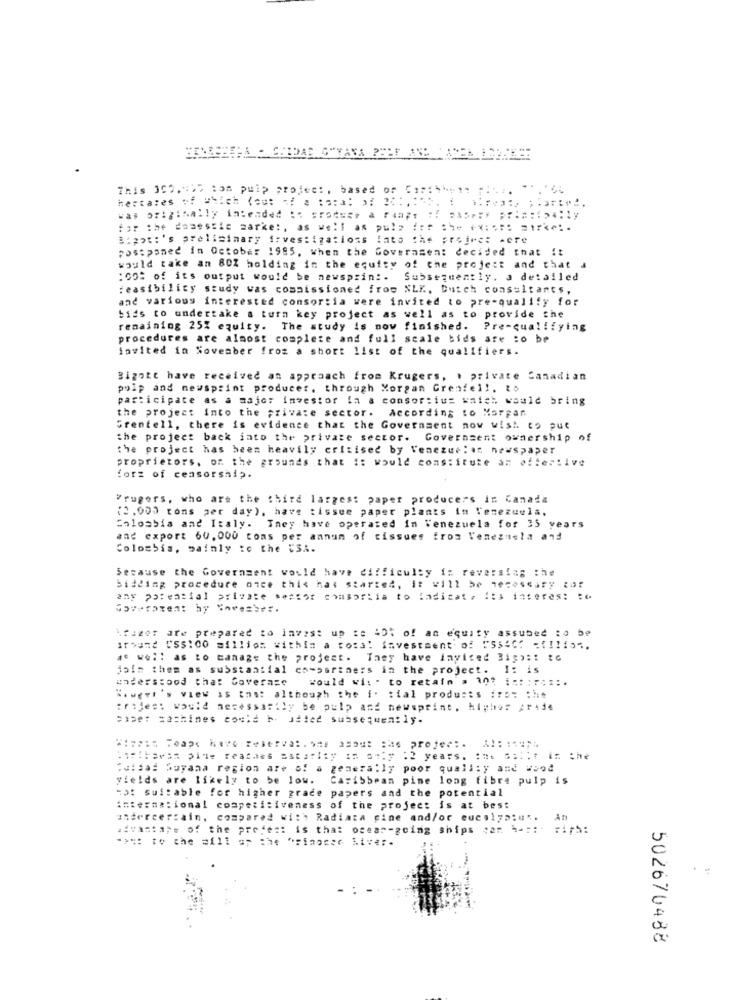
This 302.">> som pulp project, based of "1 :::: : : ... "","66
hectares of Which (ou: sf a :a:a: 3: 35 :, !
was originally intended :: produce a range :! Das *** *:: #:ip4:ly
for the damessie zarke :, as well as pul= === ==* **= === =.....
Bipot:'s preliminary irvestigations Into the project were
postponed in October 1995, when the Governsen: decided that It
would take an 80% holding in the equity of the project and that a
: 00: of its output would be newsprin :. Subsequently. a detailed
feasibility study was commissioned from NLK, Dutch consultants,
and various interested consortia were invited to pre-qualify for
bids to undertake a turn key project as well as to provide the
remaining 25% equity. The study is now finished. Pre-qualifying
procedures are almost complete and full scale bids are :o be
invited in Soveaber froz a short list of the qualifiers.
Bigott have received an approach from Krugers, I private Canadian
pulp and newsprint producer. through Morgan Grenfell, to
participate as a major investor la a consor:ius which would bring
the project Into the private sector. According to Morgan
Grenfell, there is evidence that the Government now wish to put
the project back into the private sector. Governsent ownership o
the project has been heavily critised by Venezuelas newspaper
proprietors, of the grounds that :: would constitute an effective
forz of censorship.
Frugers, who are the third largest paper producers in Canada
(3,000 tons per day), have tissue paper plants in Venezuela.
Colombia and Italy. They have operated in Venezuela for 35 years
and export 60,000 coms per annum of tissues from l'enezuela and
Colombia, mainly to the i31.
Secause the Government would have difficulty i: reversiag the
bidding procedure once this has started, it will be necessary :
any potential private sector consortia to indicate its interes: : e
\fizer are prepared to invest up te 45% of an equity assubed to be
around ": millio within a tots! investment of "SsCC? =!! ".
a. wol: as to manage the project. They have invited Big> :: to
join them as substantial co-partners in the project. I: is
understood that Goverase
would wi: - to retain . 10: ::: :*;*:*
Nowevi's view is ins: although the i. tial products :::: : he
trajes: would necessarily be pulp and newsprint, higher Aride
saber machines coche b udled subsequently.
.15!tavan pins reaches astarity in only .2 years. : #* G ;. it in the
Wutsad buyana region are of a generally poor quality and wood
yields are likely to be low. Caribbean pine long fibre pulp is
"ot suitable for higher grade papers and the potential
international competitiveness of the project is at best
undercertain, compared with Radiata cine and/or eucalyp:".
An
avasta ;. of the prefest is that ocesr-going ships som % -::: : iph:
502676488